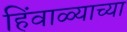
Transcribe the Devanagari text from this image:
हिंवाळ्याच्या